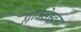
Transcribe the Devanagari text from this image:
ग्लाउसेस्टर